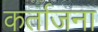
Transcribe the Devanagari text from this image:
कर्ताजना